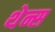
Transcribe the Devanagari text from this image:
थेन्स